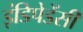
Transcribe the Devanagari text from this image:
इंडिपेडेंसी